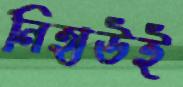
নিহাউই